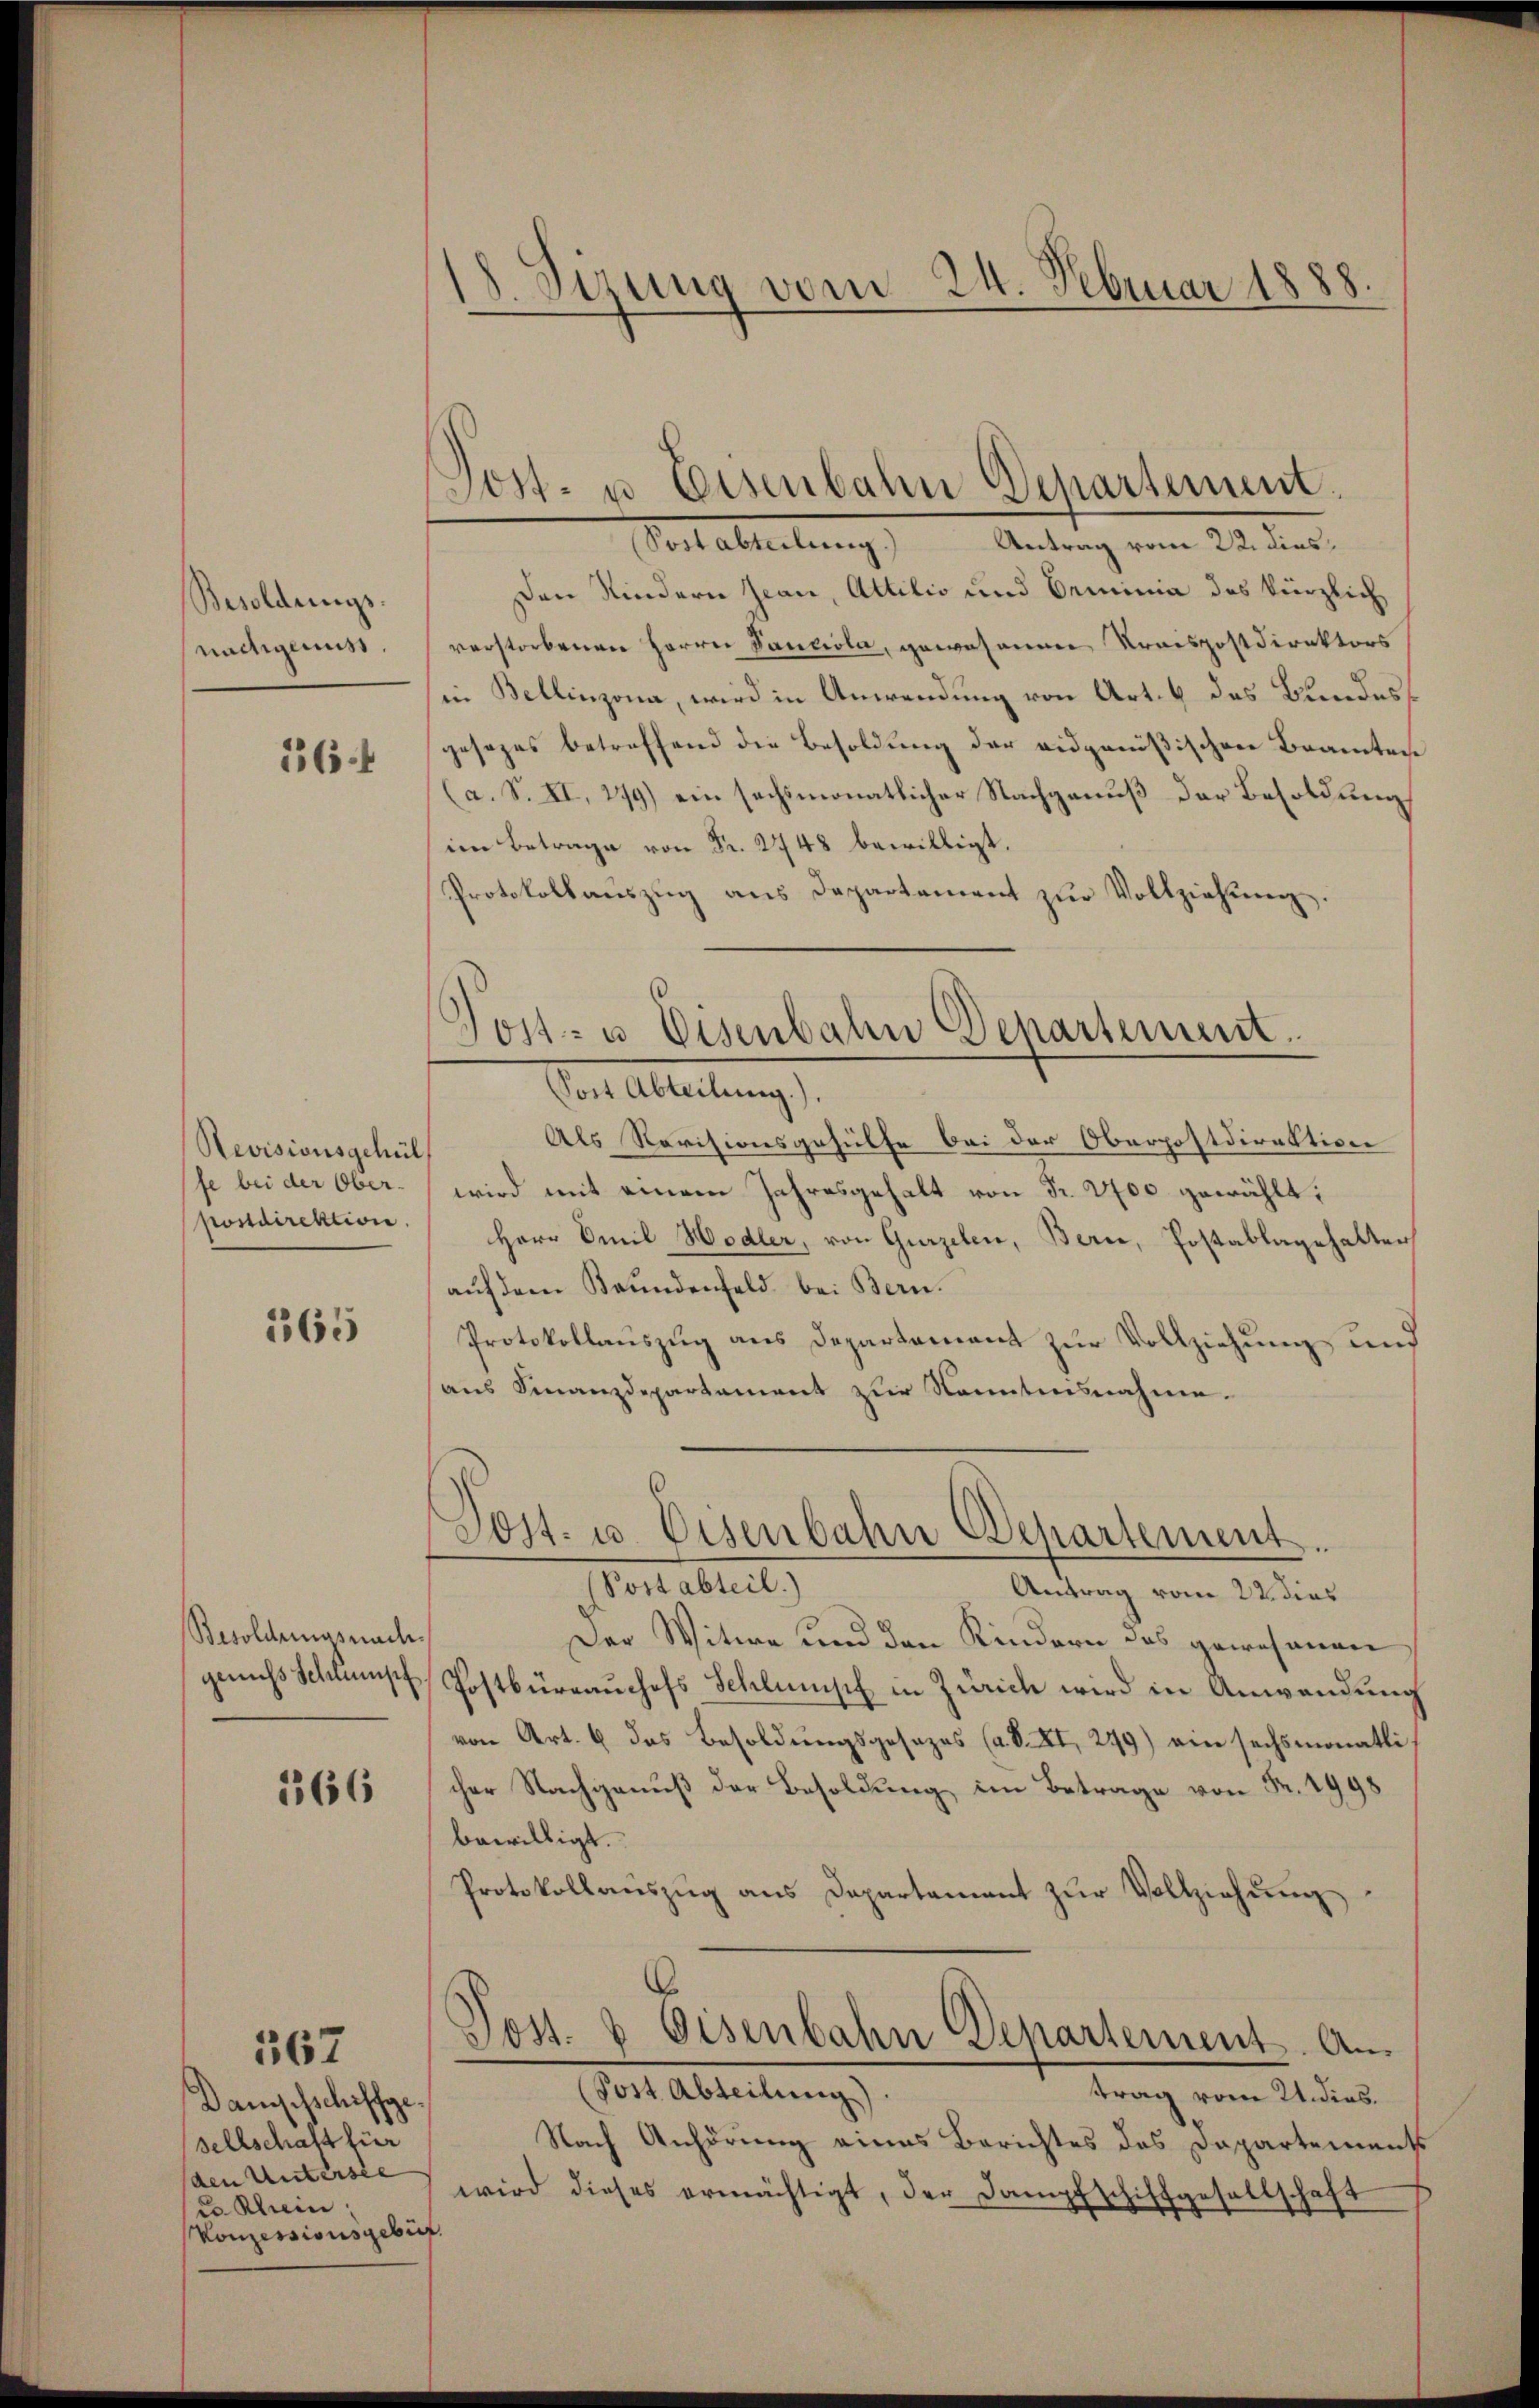
Besoldungs-
nachgenuss.

164

Revisionsgehül
fe bei der Ober-
postdirektion.

365

Besoldungsnachgenuss Schlünsch

166

367

Danechschiffge
sellschaft für
(den Unterste
ce Rhein
Konzessionsgebür

18. Derung vom 24. Februar 1888.

Post- u Eisenbahn Departement.

Post- u. Eisenbahn Departement.

Sost abteilung.) Antrag vom 22. dies,
Den Kindern Jean, Attilio und Erminia des kürzlich
verstorbenen Herrn Sanviola, gewesenen Kraispostdirektors
in Bellinzona, wird in Anwendung von Art. 4 des Bundesgesezes betreffend die Besoldung der eidgenößischen Beamten
(a. S. XI, 279) ein sechsmonatlicher Nachgenuß der Besoldung
im Betrage von Fr. 248 bewilligt.
Protokollaŭszŭg ans Departement zŭr Vollziehŭng.
Sost Abteilung).
Als Revisionsgehülfe bei der Oberpostdirektion
wird mit einem Jahresgehalt von Fr. 2700 gewählt:
Herr Emil Hodler, von Gurzelen, Berne, Postablagehalter
aŭf dem Brundenfeld bei Bern.
Protokollauszug aus Departement zur Vollziehung und
aus Finanzdepartement zur Kenntnisnahme.
Post- u. Eisenbahn Departement.
(Post abteil.)
Antrag vom 22. dies
Der Witwe und den Kindern des gewesenen
Postbürrauchofs Schlünsch in Zürich wird in Anwendung
von Art. 6 das Besoldungsgesezes (a. V. XI, 279) ein sechsmonatlicher Nachganŭβ der Besoldung im Betrage von Fr. 1998
bewilligt.
Protokollauszug aus Departement zur Vollziehung
Tos. 8 Eisenbahn Departement. An¬
(Post Abteilung).
trag vom 21. dies.
Nach Anhörung eines Berichtes des Dapartements
wird dieses ermächtigt, der Dampfschiffgesellschaft